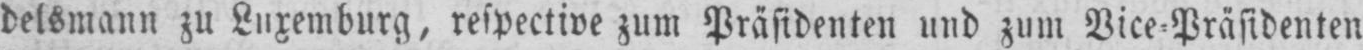
delsmann zu Luxemburg, respective zum Präsidenten und zum Vice⸗Präsidenten